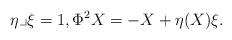
LaTeX: \begin{align*}\eta\lrcorner \xi=1, \Phi^2X =-X+\eta(X)\xi .\end{align*}